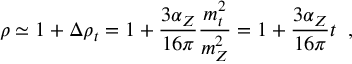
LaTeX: \rho \simeq 1 + \Delta \rho _ { t } = 1 + \frac { 3 \alpha _ { Z } } { 1 6 \pi } \frac { m _ { t } ^ { 2 } } { m _ { Z } ^ { 2 } } = 1 + \frac { 3 \alpha _ { Z } } { 1 6 \pi } t \; \; ,